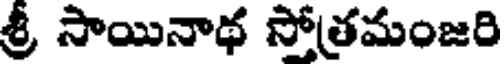
శ్రీ సాయినాథ సోత్రమంజరి